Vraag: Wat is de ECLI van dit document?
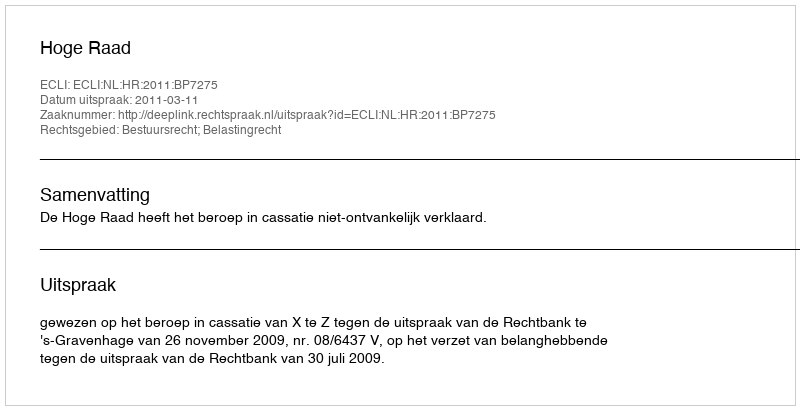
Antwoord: ECLI:NL:HR:2011:BP7275